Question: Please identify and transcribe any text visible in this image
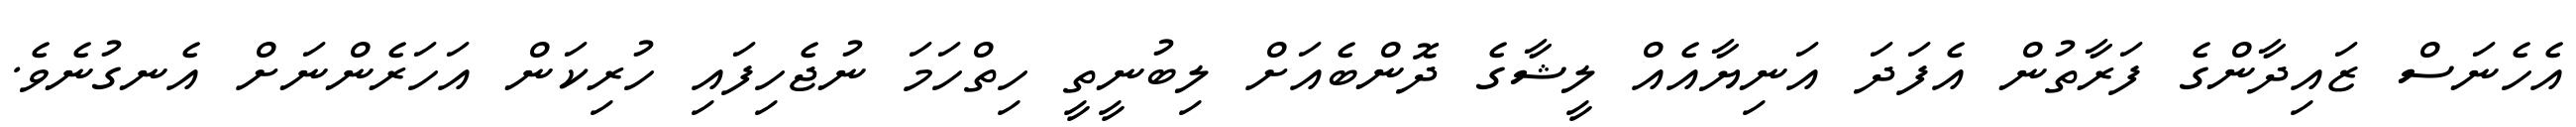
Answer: އެހެނަސް ޒައިދާންގެ ފަރާތުން އެފަދަ އަނިޔާއެއް ލީޝާގެ ދޮންބެއަށް ލިބުނީތީ ހިތްހަމަ ނުޖެހިފައި ހުރިކަން އަހަރެންނަށް އެނގުނެވެ.